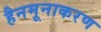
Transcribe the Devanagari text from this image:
हैनमूनाकरण